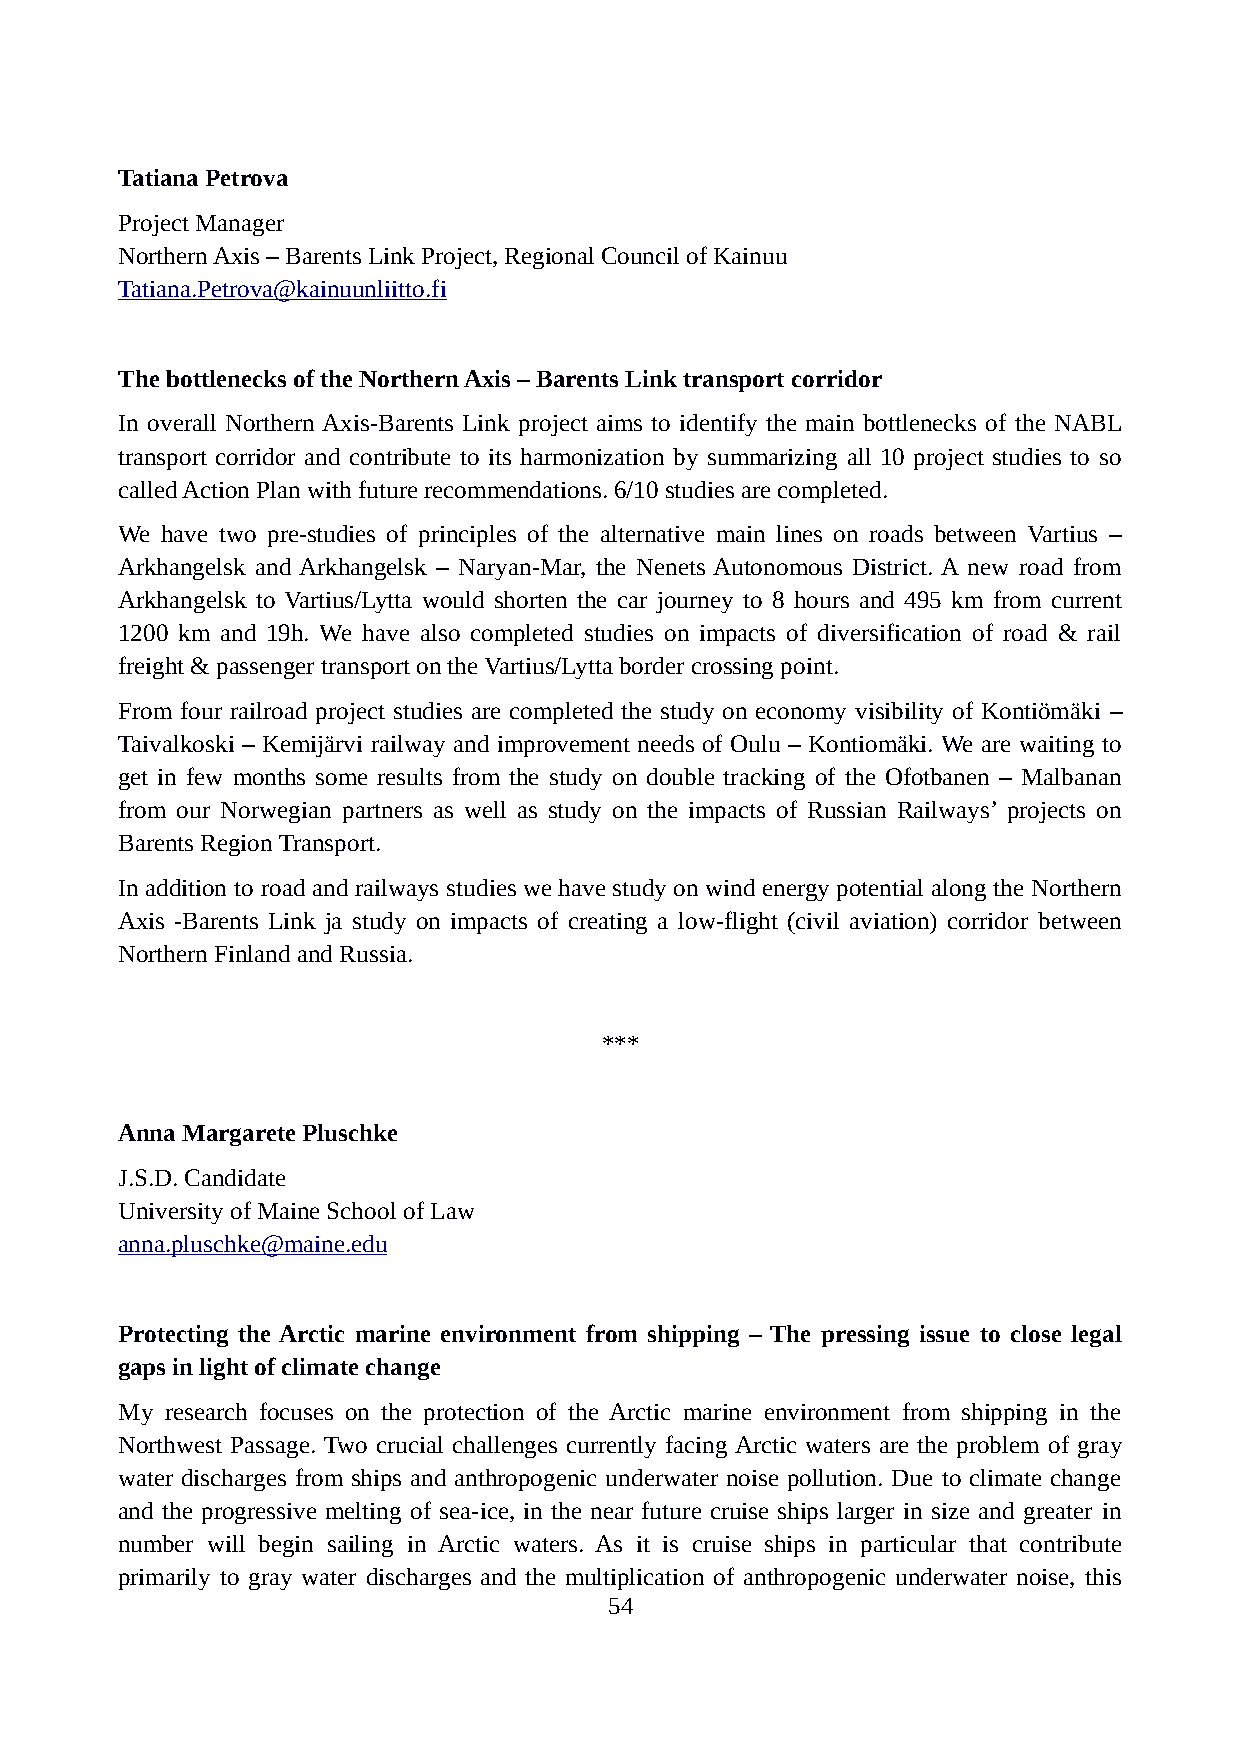
Tatiana Petrova
 Project Manager
 Northern Axis – Barents Link Project, Regional Council of Kainuu
 Tatiana.Petrova@kainuunliitto.fi
 The bottlenecks of the Northern Axis – Barents Link transport corridor
 In overall Northern Axis-Barents Link project aims to identify the main bottlenecks of the NABL
 transport corridor and contribute to its harmonization by summarizing all 10 project studies to so
 called Action Plan with future recommendations. 6/10 studies are completed.
 We have two pre-studies of principles of the alternative main lines on roads between Vartius –
 Arkhangelsk and Arkhangelsk – Naryan-Mar, the Nenets Autonomous District. A new road from
 Arkhangelsk to Vartius/Lytta would shorten the car journey to 8 hours and 495 km from current
 1200 km and 19h. We have also completed studies on impacts of diversification of road & rail
 freight & passenger transport on the Vartius/Lytta border crossing point.
 From four railroad project studies are completed the study on economy visibility of Kontiömäki –
 Taivalkoski – Kemijärvi railway and improvement needs of Oulu – Kontiomäki. We are waiting to
 get in few months some results from the study on double tracking of the Ofotbanen – Malbanan
 from our Norwegian partners as well as study on the impacts of Russian Railways’ projects on
 Barents Region Transport.
 In addition to road and railways studies we have study on wind energy potential along the Northern
 Axis -Barents Link ja study on impacts of creating a low-flight (civil aviation) corridor between
 Northern Finland and Russia.
 ***
 Anna Margarete Pluschke
 J.S.D. Candidate
 University of Maine School of Law
 anna.pluschke@maine.edu
 Protecting the Arctic marine environment from shipping – The pressing issue to close legal
 gaps in light of climate change
 My research focuses on the protection of the Arctic marine environment from shipping in the
 Northwest Passage. Two crucial challenges currently facing Arctic waters are the problem of gray
 water discharges from ships and anthropogenic underwater noise pollution. Due to climate change
 and the progressive melting of sea-ice, in the near future cruise ships larger in size and greater in
 number will begin sailing in Arctic waters. As it is cruise ships in particular that contribute
 primarily to gray water discharges and the multiplication of anthropogenic underwater noise, this
 54